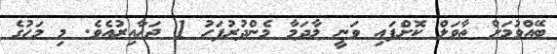
ބޭއްވުމަށް ތާވަލް ކޮށްފައި ވަނީ މާދަމާ މެންދުރުފަހު 1 ޖަހާއިރުއެވެ. މި މަހުގެ